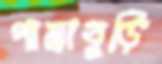
পান্তাবুড়ি